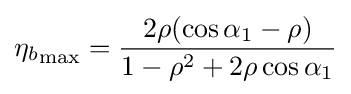
{\eta _{b}}_{\text{max}}={\frac {2\rho (\cos \alpha _{1}-\rho )}{1-\rho ^{2}+2\rho \cos \alpha _{1}}}